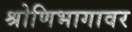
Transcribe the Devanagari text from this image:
श्रोणिभागावर